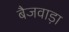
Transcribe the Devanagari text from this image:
बैजवाड़ा